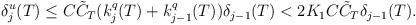
LaTeX: \begin{align*}\begin{aligned}\delta^{u}_{j}(T)&\leq C \tilde{C}_{T} (k^{q}_{j}(T)+k^{q}_{j-1}(T)) \delta_{j-1}(T) < 2 K_{1} C \tilde{C}_{T} \delta_{j-1}(T).\end{aligned}\end{align*}